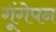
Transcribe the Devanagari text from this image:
गूंगेपन